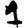
Digit: 1